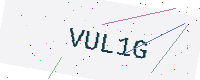
Text: VUL1G